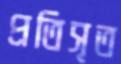
প্রতিসৃত